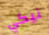
نيكي